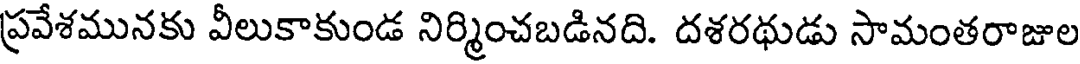
ప్రవేశమునకు వీలుకాకుండ నిర్మించబడినది. దశరథుడు సామంతరాజుల